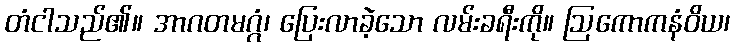
တံငါသည်၏။ အာဂတမဂ္ဂံ၊ ပြေးလာခဲ့သော လမ်းခရီးကို။ ဩကောကနံဝိယ၊